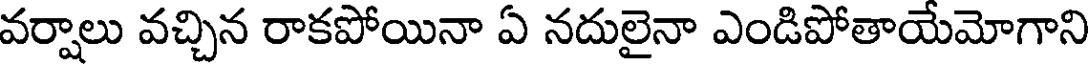
వర్షాలు వచ్చిన రాకపోయినా ఏ నదులైనా ఎండిపోతాయేమోగాని